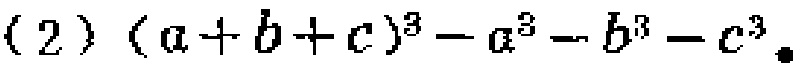
\((2)\ (a + b + c)^{3}-a^{3}-b^{3}-c^{3}\)